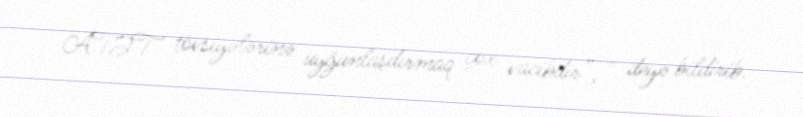
ATƏT tövsiyələrinə uyğunlaşdırmaq çox vacibdir”, - deyə bildirib.